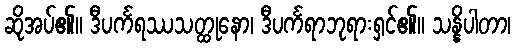
ဆိုအပ်၏။ ဒီပင်္ကရဿသတ္ထုနော၊ ဒီပင်္ကရာဘုရားရှင်၏။ သန္နိပါတာ၊